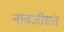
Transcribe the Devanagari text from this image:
नावजीसंत